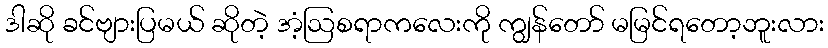
ဒါဆို ခင်ဗျားပြမယ် ဆိုတဲ့ အံ့ဩစရာကလေးကို ကျွန်တော် မမြင်ရတော့ဘူးလား